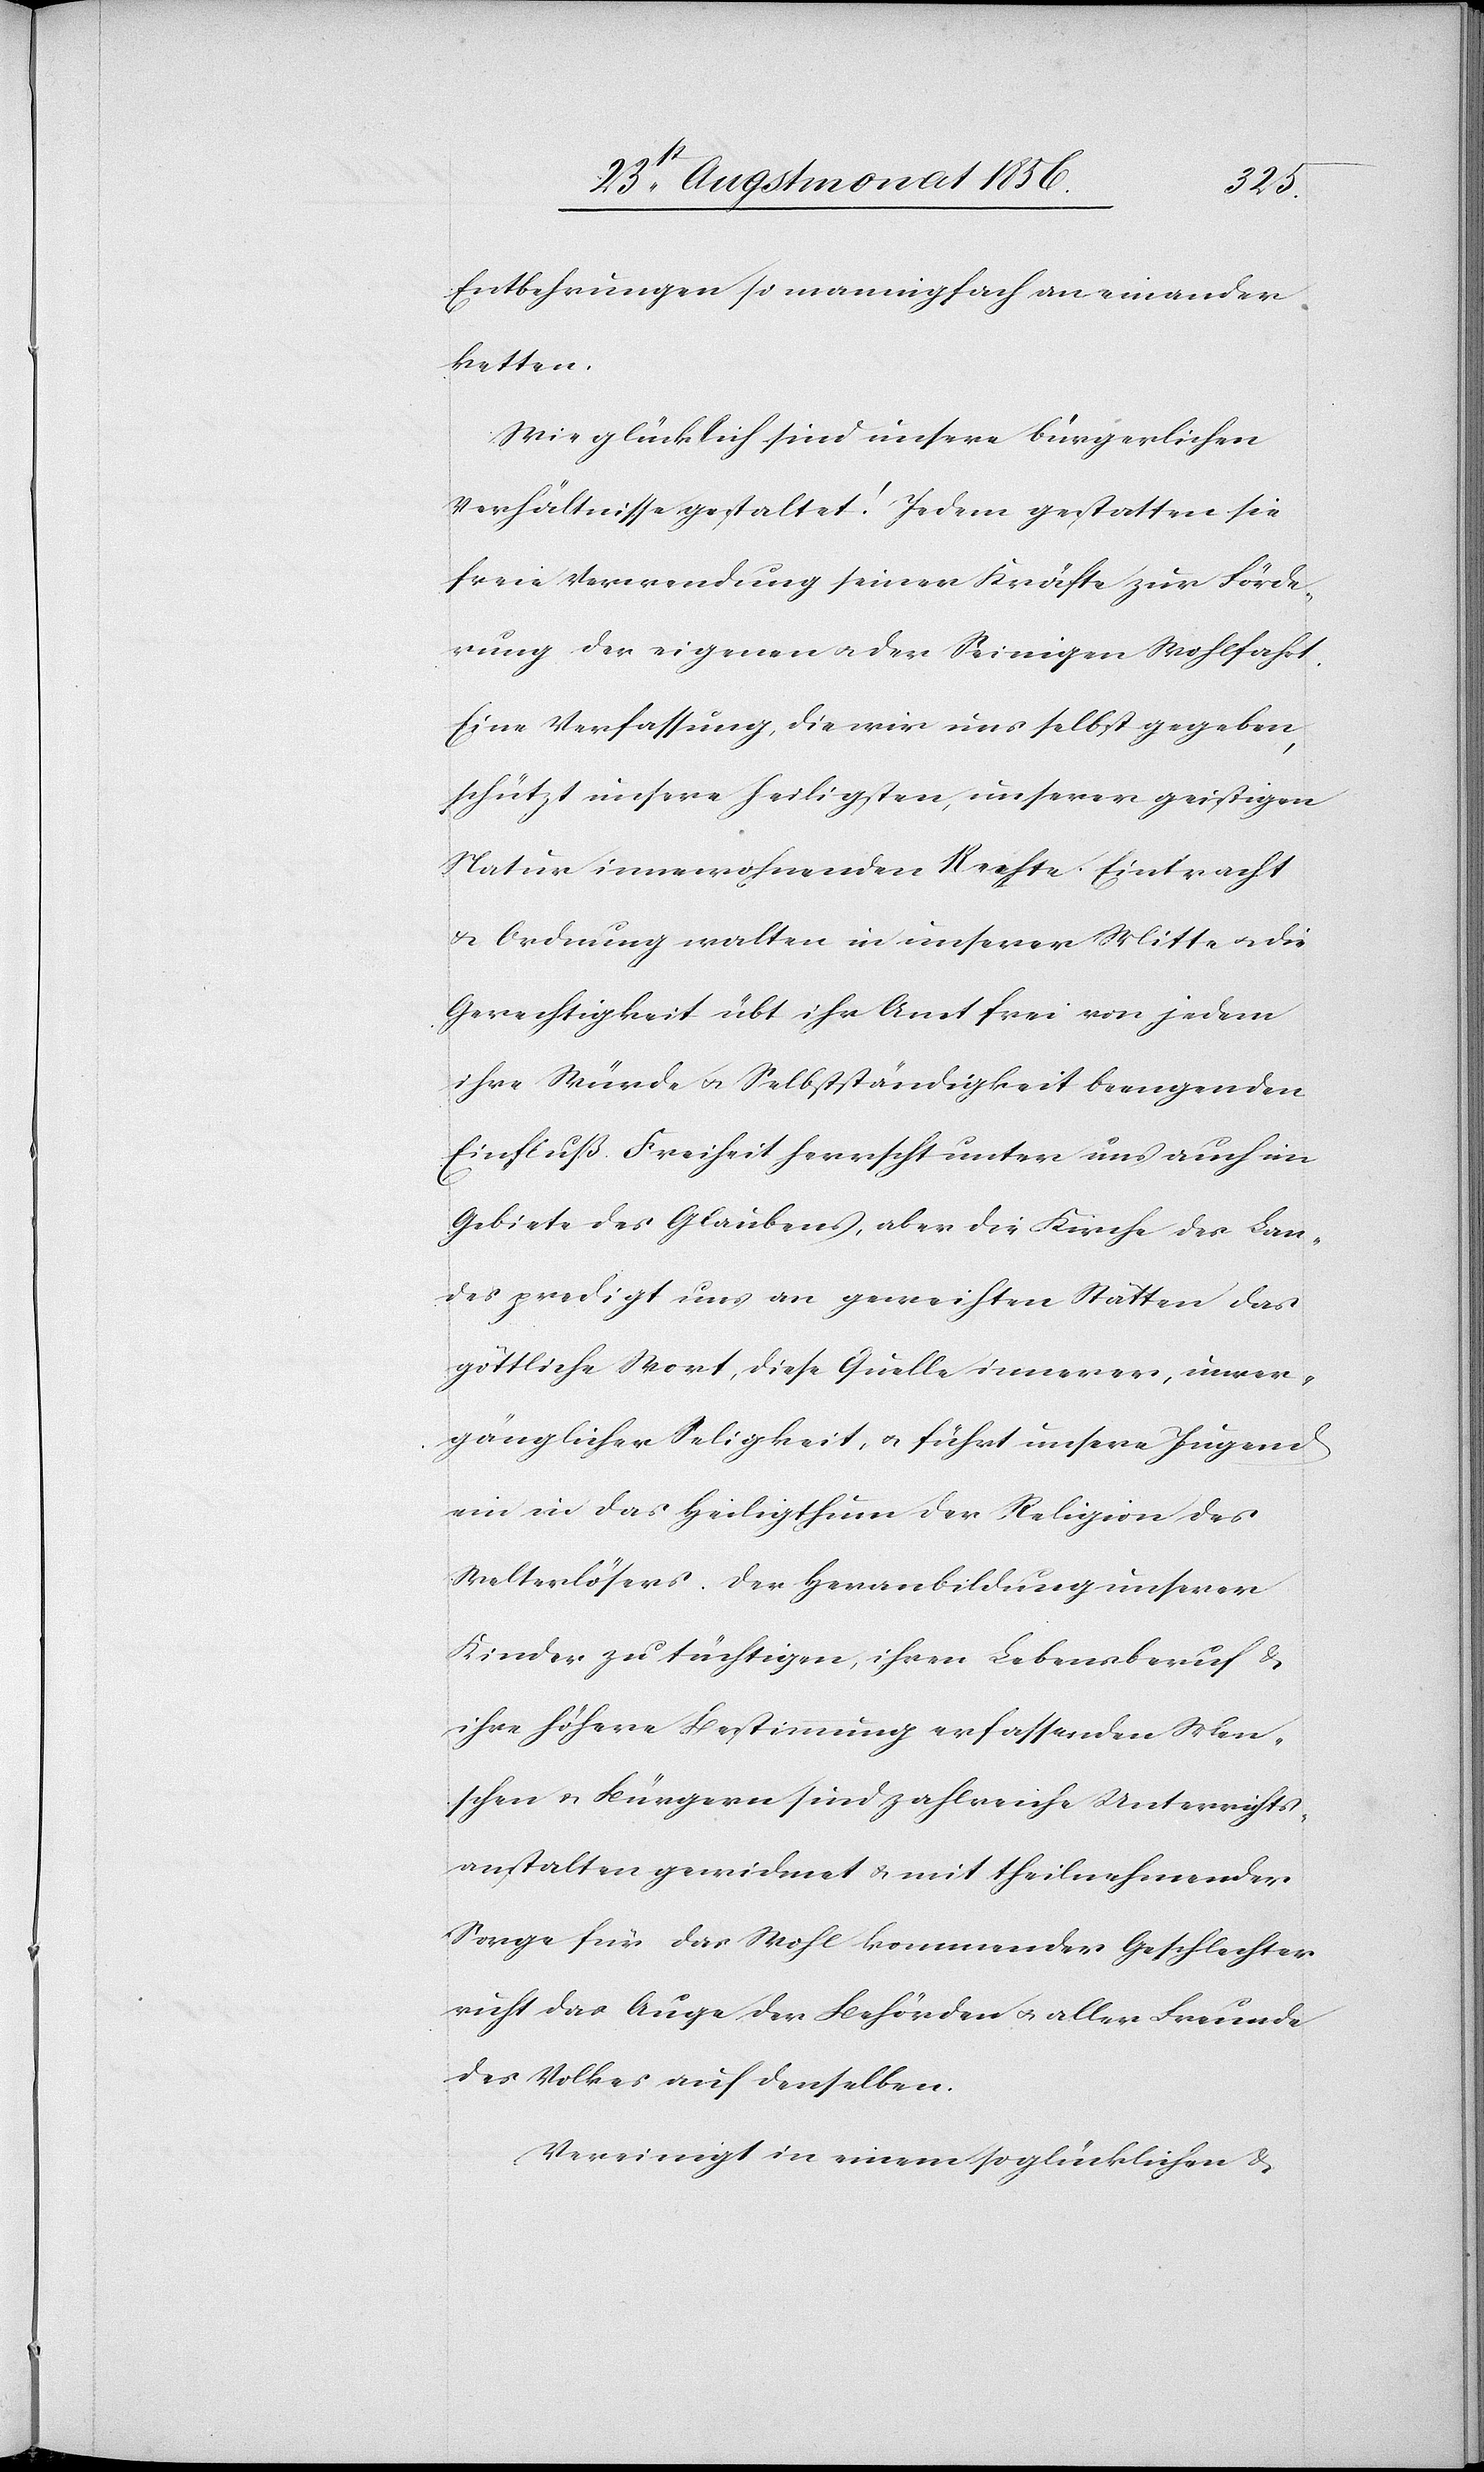
Entbehrungen so mannigfach aneinander¬
ketten.
Wie glücklich sind unsere bürgerlichen
Verhältnisse gestaltet! Jedem gestatten sie
freie Verwendung seiner Kräfte zur Förde¬
rung der eigenen u. der Seinigen Wohlfahrt.
Eine Verfassung, die wir uns selbst gegeben,
schützt unsere heiligsten, unserer geistigen
Natur innewohnenden Rechte. Eintracht
& Ordnung walten in unserer Mitte u. die
Gerechtigkeit übt ihr Amt frei von jedem
ihre Würde u. Selbstständigkeit beengenden
Einfluß. Freiheit herrscht unter uns auch im
Gebiete des Glaubens, aber die Kirche des Lan¬
des predigt uns an geweihten Stätten das
göttliche Wort, diese Quelle innerer, unver¬
gänglicher Seligkeit, u. führt unsere Jugend
ein in das Heiligthum der Religion des
Welterlösers. Der Heranbildung unserer
Kinder zu tüchtigen, ihren Lebensberuf &
ihre höhere Bestimmung erfassenden Men¬
schen u. Bürgern sind zahlreiche Unterrichts¬
anstalten gewidmet u. mit theilnehmender
Sorge für das Wohl kommender Geschlechter
ruht das Auge der Behörden u. aller Freunde
des Volkes auf denselben.
Vereinigt in einem so glücklichen &